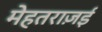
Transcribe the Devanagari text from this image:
मेहतराज़ई